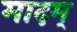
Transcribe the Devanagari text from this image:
मादम्